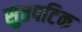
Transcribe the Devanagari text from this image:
सुत्तपटिक